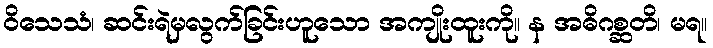
ဝိသေသံ၊ ဆင်းရဲမှလွက်ခြင်းဟူသော အကျိုးထူးကို။ န အဓိဂစ္ဆတိ၊ မရ။